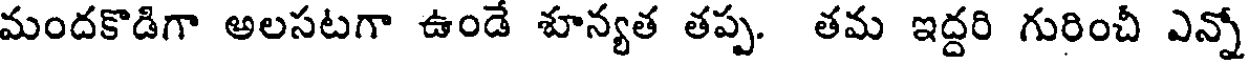
మందకొడిగా అలసటగా ఉండే శూన్యత తప్ప. తమ ఇద్దరి గురించీ ఎన్నో